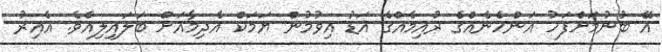
އޭ ބުނުމަށްފަހު އަންހެނެއްގެ ރުއިމެއްގެ އަޑު އިވުމުން ޔަމަކް އެދިމާއަށް ބަލައިލިއެވެ. އެއިރު